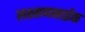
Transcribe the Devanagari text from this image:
लक्ष्मणनाईक